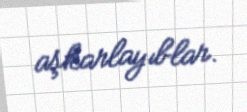
aşkarlayıblar.